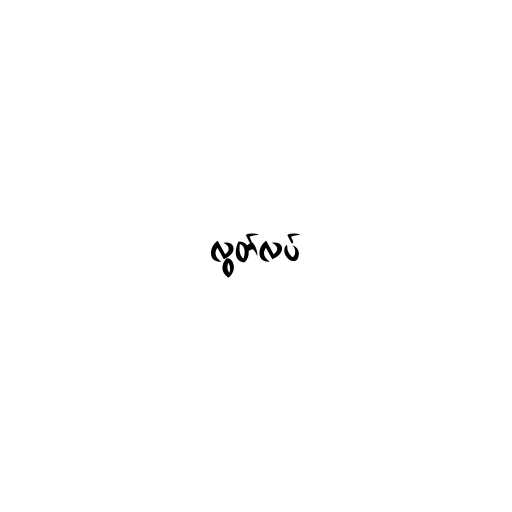
လွတ်လပ်